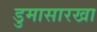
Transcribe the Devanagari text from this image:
डुमासारखा